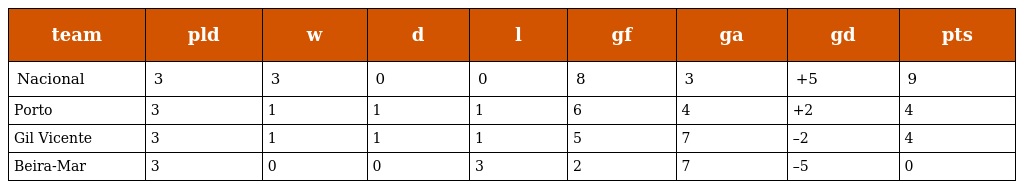
| team | pld | w | d | l | gf | ga | gd | pts |
 | --- | --- | --- | --- | --- | --- | --- | --- | --- |
 | Nacional | 3 | 3 | 0 | 0 | 8 | 3 | +5 | 9 |
 | Porto | 3 | 1 | 1 | 1 | 6 | 4 | +2 | 4 |
 | Gil Vicente | 3 | 1 | 1 | 1 | 5 | 7 | –2 | 4 |
 | Beira-Mar | 3 | 0 | 0 | 3 | 2 | 7 | –5 | 0 |